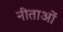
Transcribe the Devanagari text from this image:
नीताओं